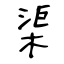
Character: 渠